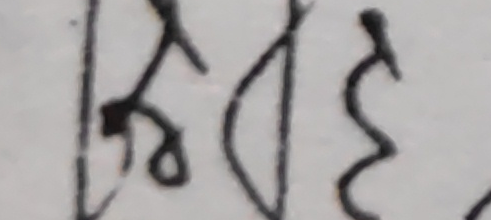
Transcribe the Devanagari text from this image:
लि४३